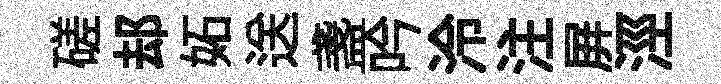
磋𨚫妬送盞吟泠注屛涇